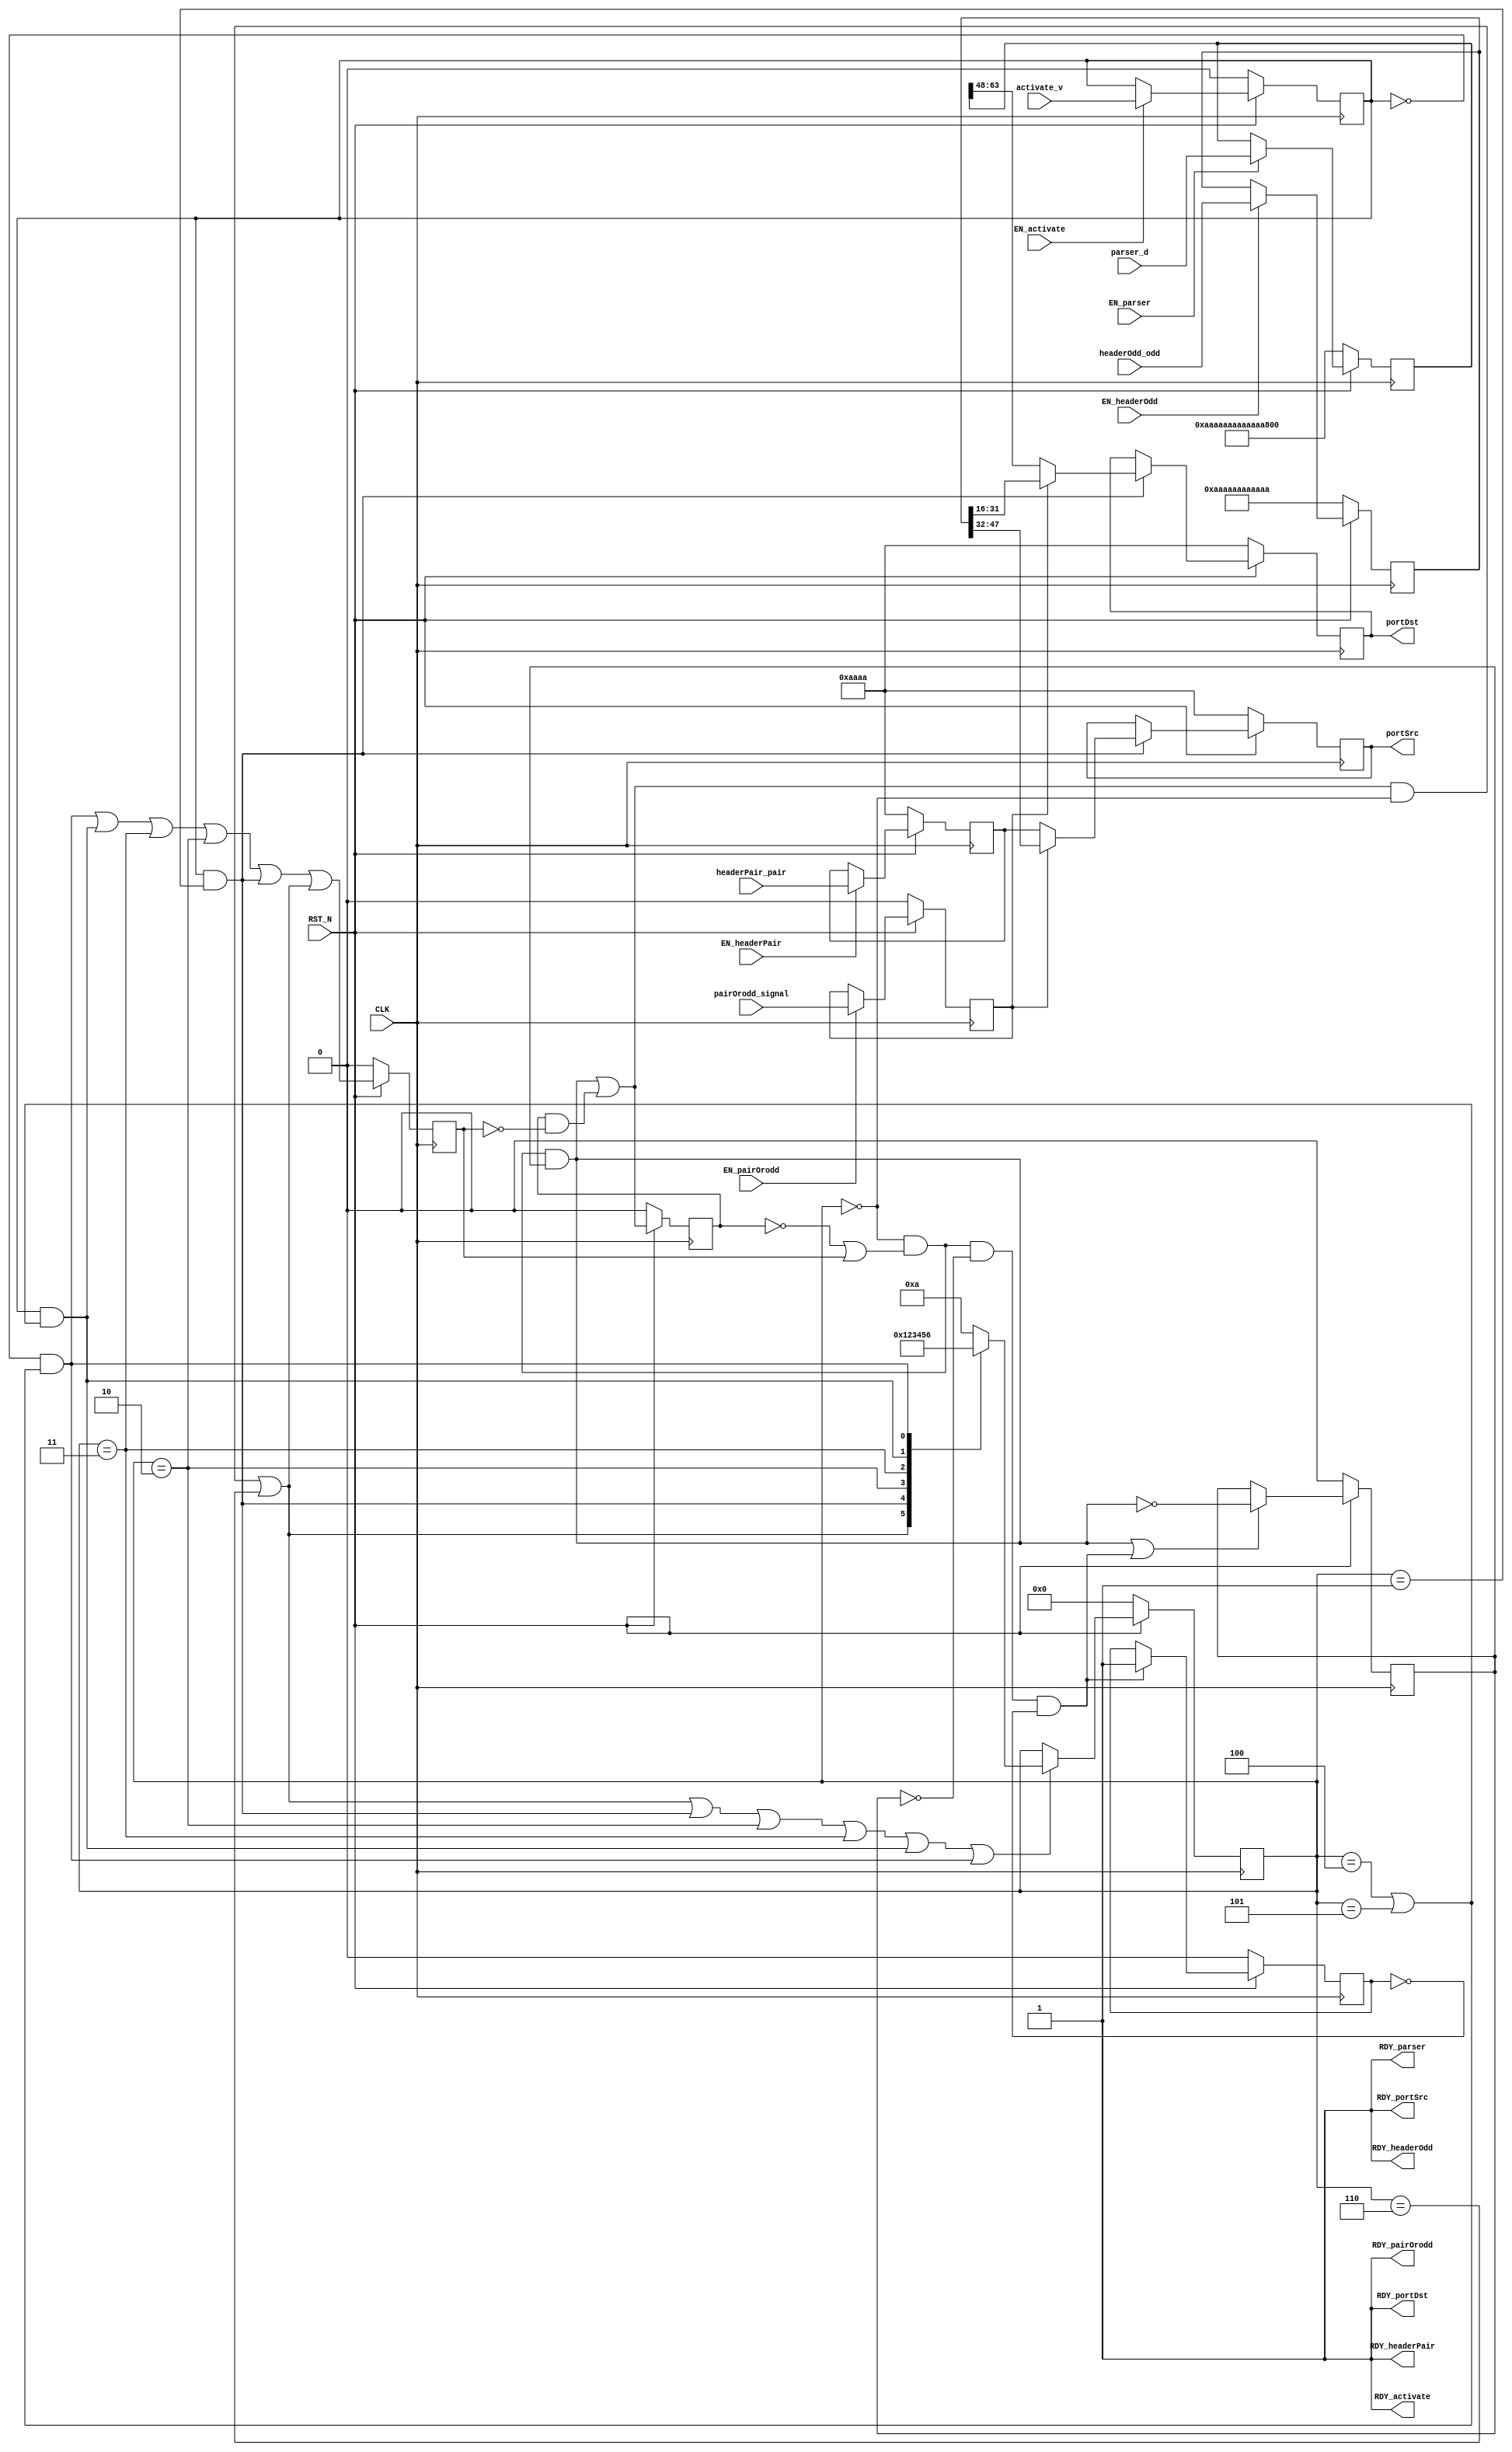
//
// Generated by Bluespec Compiler (build 2c1ed34)
//
// On Wed Jun  9 13:35:20 -03 2021
//
//
// Ports:
// Name                         I/O  size props
// RDY_activate                   O     1 const
// RDY_parser                     O     1 const
// RDY_pairOrodd                  O     1 const
// RDY_headerPair                 O     1 const
// RDY_headerOdd                  O     1 const
// portSrc                        O    16 reg
// RDY_portSrc                    O     1 const
// portDst                        O    16 reg
// RDY_portDst                    O     1 const
// CLK                            I     1 clock
// RST_N                          I     1 reset
// activate_v                     I     1 reg
// parser_d                       I    64 reg
// pairOrodd_signal               I     1 reg
// headerPair_pair                I    16 reg
// headerOdd_odd                  I    48 reg
// EN_activate                    I     1
// EN_parser                      I     1
// EN_pairOrodd                   I     1
// EN_headerPair                  I     1
// EN_headerOdd                   I     1
//
// No combinational paths from inputs to outputs
//
//

`ifdef BSV_ASSIGNMENT_DELAY
`else
  `define BSV_ASSIGNMENT_DELAY
`endif

`ifdef BSV_POSITIVE_RESET
  `define BSV_RESET_VALUE 1'b1
  `define BSV_RESET_EDGE posedge
`else
  `define BSV_RESET_VALUE 1'b0
  `define BSV_RESET_EDGE negedge
`endif

module mkTCP(CLK,
	     RST_N,

	     activate_v,
	     EN_activate,
	     RDY_activate,

	     parser_d,
	     EN_parser,
	     RDY_parser,

	     pairOrodd_signal,
	     EN_pairOrodd,
	     RDY_pairOrodd,

	     headerPair_pair,
	     EN_headerPair,
	     RDY_headerPair,

	     headerOdd_odd,
	     EN_headerOdd,
	     RDY_headerOdd,

	     portSrc,
	     RDY_portSrc,

	     portDst,
	     RDY_portDst);
  input  CLK;
  input  RST_N;

  // action method activate
  input  activate_v;
  input  EN_activate;
  output RDY_activate;

  // action method parser
  input  [63 : 0] parser_d;
  input  EN_parser;
  output RDY_parser;

  // action method pairOrodd
  input  pairOrodd_signal;
  input  EN_pairOrodd;
  output RDY_pairOrodd;

  // action method headerPair
  input  [15 : 0] headerPair_pair;
  input  EN_headerPair;
  output RDY_headerPair;

  // action method headerOdd
  input  [47 : 0] headerOdd_odd;
  input  EN_headerOdd;
  output RDY_headerOdd;

  // value method portSrc
  output [15 : 0] portSrc;
  output RDY_portSrc;

  // value method portDst
  output [15 : 0] portDst;
  output RDY_portDst;

  // signals for module outputs
  wire [15 : 0] portDst, portSrc;
  wire RDY_activate,
       RDY_headerOdd,
       RDY_headerPair,
       RDY_pairOrodd,
       RDY_parser,
       RDY_portDst,
       RDY_portSrc;

  // inlined wires
  wire start_wire$whas, state_set_pw$whas;

  // register ack_num
  reg [31 : 0] ack_num;
  wire [31 : 0] ack_num$D_IN;
  wire ack_num$EN;

  // register active
  reg active;
  wire active$D_IN, active$EN;

  // register checksum
  reg [15 : 0] checksum;
  wire [15 : 0] checksum$D_IN;
  wire checksum$EN;

  // register data
  reg [63 : 0] data;
  wire [63 : 0] data$D_IN;
  wire data$EN;

  // register data_offset
  reg [3 : 0] data_offset;
  wire [3 : 0] data_offset$D_IN;
  wire data_offset$EN;

  // register flag_ack
  reg flag_ack;
  wire flag_ack$D_IN, flag_ack$EN;

  // register flag_cwr
  reg flag_cwr;
  wire flag_cwr$D_IN, flag_cwr$EN;

  // register flag_ece
  reg flag_ece;
  wire flag_ece$D_IN, flag_ece$EN;

  // register flag_fin
  reg flag_fin;
  wire flag_fin$D_IN, flag_fin$EN;

  // register flag_ns
  reg flag_ns;
  wire flag_ns$D_IN, flag_ns$EN;

  // register flag_psh
  reg flag_psh;
  wire flag_psh$D_IN, flag_psh$EN;

  // register flag_rst
  reg flag_rst;
  wire flag_rst$D_IN, flag_rst$EN;

  // register flag_syn
  reg flag_syn;
  wire flag_syn$D_IN, flag_syn$EN;

  // register flag_urg
  reg flag_urg;
  wire flag_urg$D_IN, flag_urg$EN;

  // register odd_header_down
  reg [47 : 0] odd_header_down;
  wire [47 : 0] odd_header_down$D_IN;
  wire odd_header_down$EN;

  // register odd_header_up
  reg [15 : 0] odd_header_up;
  wire [15 : 0] odd_header_up$D_IN;
  wire odd_header_up$EN;

  // register pair_header_down
  reg [15 : 0] pair_header_down;
  wire [15 : 0] pair_header_down$D_IN;
  wire pair_header_down$EN;

  // register pair_header_up
  reg [47 : 0] pair_header_up;
  wire [47 : 0] pair_header_up$D_IN;
  wire pair_header_up$EN;

  // register pair_odd
  reg pair_odd;
  wire pair_odd$D_IN, pair_odd$EN;

  // register port_dst
  reg [15 : 0] port_dst;
  wire [15 : 0] port_dst$D_IN;
  wire port_dst$EN;

  // register port_src
  reg [15 : 0] port_src;
  wire [15 : 0] port_src$D_IN;
  wire port_src$EN;

  // register reserved
  reg [2 : 0] reserved;
  wire [2 : 0] reserved$D_IN;
  wire reserved$EN;

  // register running
  reg running;
  wire running$D_IN, running$EN;

  // register seq_num
  reg [31 : 0] seq_num;
  wire [31 : 0] seq_num$D_IN;
  wire seq_num$EN;

  // register start_reg
  reg start_reg;
  wire start_reg$D_IN, start_reg$EN;

  // register start_reg_1
  reg start_reg_1;
  wire start_reg_1$D_IN, start_reg_1$EN;

  // register state_can_overlap
  reg state_can_overlap;
  wire state_can_overlap$D_IN, state_can_overlap$EN;

  // register state_fired
  reg state_fired;
  wire state_fired$D_IN, state_fired$EN;

  // register state_mkFSMstate
  reg [3 : 0] state_mkFSMstate;
  reg [3 : 0] state_mkFSMstate$D_IN;
  wire state_mkFSMstate$EN;

  // register tcp_length
  reg [15 : 0] tcp_length;
  wire [15 : 0] tcp_length$D_IN;
  wire tcp_length$EN;

  // register temp
  reg [15 : 0] temp;
  wire [15 : 0] temp$D_IN;
  wire temp$EN;

  // register urgent_pointer
  reg [15 : 0] urgent_pointer;
  wire [15 : 0] urgent_pointer$D_IN;
  wire urgent_pointer$EN;

  // register valid_rcv
  reg valid_rcv;
  wire valid_rcv$D_IN, valid_rcv$EN;

  // register window_size
  reg [15 : 0] window_size;
  wire [15 : 0] window_size$D_IN;
  wire window_size$EN;

  // rule scheduling signals
  wire WILL_FIRE_RL_action_l161c41,
       WILL_FIRE_RL_action_l164c33,
       WILL_FIRE_RL_action_l93c25,
       WILL_FIRE_RL_fsm_start;

  // inputs to muxes for submodule ports
  wire [31 : 0] MUX_ack_num$write_1__VAL_2;
  wire MUX_ack_num$write_1__SEL_1,
       MUX_start_reg$write_1__SEL_2,
       MUX_urgent_pointer$write_1__SEL_1,
       MUX_urgent_pointer$write_1__SEL_2;

  // remaining internal signals
  wire [31 : 0] x__h19778;
  wire abort_whas_AND_abort_wget_OR_state_mkFSMstate__ETC___d101,
       start_wire_whas_AND_start_wire_wget_0_AND_abor_ETC___d38;

  // action method activate
  assign RDY_activate = 1'd1 ;

  // action method parser
  assign RDY_parser = 1'd1 ;

  // action method pairOrodd
  assign RDY_pairOrodd = 1'd1 ;

  // action method headerPair
  assign RDY_headerPair = 1'd1 ;

  // action method headerOdd
  assign RDY_headerOdd = 1'd1 ;

  // value method portSrc
  assign portSrc = port_src ;
  assign RDY_portSrc = 1'd1 ;

  // value method portDst
  assign portDst = port_dst ;
  assign RDY_portDst = 1'd1 ;

  // rule RL_action_l93c25
  assign WILL_FIRE_RL_action_l93c25 = active && state_mkFSMstate == 4'd1 ;

  // rule RL_action_l161c41
  assign WILL_FIRE_RL_action_l161c41 =
	     active &&
	     (state_mkFSMstate == 4'd4 || state_mkFSMstate == 4'd5) ;

  // rule RL_action_l164c33
  assign WILL_FIRE_RL_action_l164c33 =
	     !active &&
	     (state_mkFSMstate == 4'd4 || state_mkFSMstate == 4'd5) ;

  // rule RL_fsm_start
  assign WILL_FIRE_RL_fsm_start =
	     abort_whas_AND_abort_wget_OR_state_mkFSMstate__ETC___d101 &&
	     start_reg ;

  // inputs to muxes for submodule ports
  assign MUX_ack_num$write_1__SEL_1 = WILL_FIRE_RL_action_l93c25 && pair_odd ;
  assign MUX_start_reg$write_1__SEL_2 =
	     abort_whas_AND_abort_wget_OR_state_mkFSMstate__ETC___d101 &&
	     !start_reg &&
	     !running ;
  assign MUX_urgent_pointer$write_1__SEL_1 =
	     state_mkFSMstate == 4'd2 && pair_odd ;
  assign MUX_urgent_pointer$write_1__SEL_2 =
	     state_mkFSMstate == 4'd3 && !pair_odd ;
  assign MUX_ack_num$write_1__VAL_2 = { temp, data[63:48] } ;

  // inlined wires
  assign start_wire$whas =
	     WILL_FIRE_RL_fsm_start || start_reg_1 && !state_fired ;
  assign state_set_pw$whas =
	     WILL_FIRE_RL_action_l164c33 || WILL_FIRE_RL_action_l161c41 ||
	     state_mkFSMstate == 4'd3 ||
	     state_mkFSMstate == 4'd2 ||
	     WILL_FIRE_RL_action_l93c25 ||
	     start_wire_whas_AND_start_wire_wget_0_AND_abor_ETC___d38 ;

  // register ack_num
  assign ack_num$D_IN =
	     MUX_ack_num$write_1__SEL_1 ?
	       data[47:16] :
	       MUX_ack_num$write_1__VAL_2 ;
  assign ack_num$EN =
	     WILL_FIRE_RL_action_l93c25 && pair_odd ||
	     state_mkFSMstate == 4'd2 && !pair_odd ;

  // register active
  assign active$D_IN = activate_v ;
  assign active$EN = EN_activate ;

  // register checksum
  assign checksum$D_IN = pair_odd ? data[47:32] : data[15:0] ;
  assign checksum$EN = state_mkFSMstate == 4'd2 ;

  // register data
  assign data$D_IN = parser_d ;
  assign data$EN = EN_parser ;

  // register data_offset
  assign data_offset$D_IN =
	     MUX_ack_num$write_1__SEL_1 ? data[15:12] : data[47:44] ;
  assign data_offset$EN =
	     WILL_FIRE_RL_action_l93c25 && pair_odd ||
	     state_mkFSMstate == 4'd2 && !pair_odd ;

  // register flag_ack
  assign flag_ack$D_IN = MUX_ack_num$write_1__SEL_1 ? data[4] : data[36] ;
  assign flag_ack$EN =
	     WILL_FIRE_RL_action_l93c25 && pair_odd ||
	     state_mkFSMstate == 4'd2 && !pair_odd ;

  // register flag_cwr
  assign flag_cwr$D_IN = MUX_ack_num$write_1__SEL_1 ? data[7] : data[39] ;
  assign flag_cwr$EN =
	     WILL_FIRE_RL_action_l93c25 && pair_odd ||
	     state_mkFSMstate == 4'd2 && !pair_odd ;

  // register flag_ece
  assign flag_ece$D_IN = MUX_ack_num$write_1__SEL_1 ? data[6] : data[38] ;
  assign flag_ece$EN =
	     WILL_FIRE_RL_action_l93c25 && pair_odd ||
	     state_mkFSMstate == 4'd2 && !pair_odd ;

  // register flag_fin
  assign flag_fin$D_IN = MUX_ack_num$write_1__SEL_1 ? data[0] : data[32] ;
  assign flag_fin$EN =
	     WILL_FIRE_RL_action_l93c25 && pair_odd ||
	     state_mkFSMstate == 4'd2 && !pair_odd ;

  // register flag_ns
  assign flag_ns$D_IN = MUX_ack_num$write_1__SEL_1 ? data[8] : data[40] ;
  assign flag_ns$EN =
	     WILL_FIRE_RL_action_l93c25 && pair_odd ||
	     state_mkFSMstate == 4'd2 && !pair_odd ;

  // register flag_psh
  assign flag_psh$D_IN = MUX_ack_num$write_1__SEL_1 ? data[3] : data[35] ;
  assign flag_psh$EN =
	     WILL_FIRE_RL_action_l93c25 && pair_odd ||
	     state_mkFSMstate == 4'd2 && !pair_odd ;

  // register flag_rst
  assign flag_rst$D_IN = MUX_ack_num$write_1__SEL_1 ? data[2] : data[34] ;
  assign flag_rst$EN =
	     WILL_FIRE_RL_action_l93c25 && pair_odd ||
	     state_mkFSMstate == 4'd2 && !pair_odd ;

  // register flag_syn
  assign flag_syn$D_IN = MUX_ack_num$write_1__SEL_1 ? data[1] : data[33] ;
  assign flag_syn$EN =
	     WILL_FIRE_RL_action_l93c25 && pair_odd ||
	     state_mkFSMstate == 4'd2 && !pair_odd ;

  // register flag_urg
  assign flag_urg$D_IN = MUX_ack_num$write_1__SEL_1 ? data[5] : data[37] ;
  assign flag_urg$EN =
	     WILL_FIRE_RL_action_l93c25 && pair_odd ||
	     state_mkFSMstate == 4'd2 && !pair_odd ;

  // register odd_header_down
  assign odd_header_down$D_IN = headerOdd_odd ;
  assign odd_header_down$EN = EN_headerOdd ;

  // register odd_header_up
  assign odd_header_up$D_IN = data[15:0] ;
  assign odd_header_up$EN = MUX_urgent_pointer$write_1__SEL_1 ;

  // register pair_header_down
  assign pair_header_down$D_IN = headerPair_pair ;
  assign pair_header_down$EN = EN_headerPair ;

  // register pair_header_up
  assign pair_header_up$D_IN = data[47:0] ;
  assign pair_header_up$EN = MUX_urgent_pointer$write_1__SEL_2 ;

  // register pair_odd
  assign pair_odd$D_IN = pairOrodd_signal ;
  assign pair_odd$EN = EN_pairOrodd ;

  // register port_dst
  assign port_dst$D_IN = pair_odd ? odd_header_down[31:16] : data[63:48] ;
  assign port_dst$EN = WILL_FIRE_RL_action_l93c25 ;

  // register port_src
  assign port_src$D_IN =
	     pair_odd ? odd_header_down[47:32] : pair_header_down ;
  assign port_src$EN = WILL_FIRE_RL_action_l93c25 ;

  // register reserved
  assign reserved$D_IN =
	     MUX_ack_num$write_1__SEL_1 ? data[11:9] : data[43:41] ;
  assign reserved$EN =
	     WILL_FIRE_RL_action_l93c25 && pair_odd ||
	     state_mkFSMstate == 4'd2 && !pair_odd ;

  // register running
  assign running$D_IN = 1'd1 ;
  assign running$EN = MUX_start_reg$write_1__SEL_2 ;

  // register seq_num
  assign seq_num$D_IN = pair_odd ? x__h19778 : data[47:16] ;
  assign seq_num$EN = WILL_FIRE_RL_action_l93c25 ;

  // register start_reg
  assign start_reg$D_IN = !WILL_FIRE_RL_fsm_start ;
  assign start_reg$EN =
	     WILL_FIRE_RL_fsm_start ||
	     abort_whas_AND_abort_wget_OR_state_mkFSMstate__ETC___d101 &&
	     !start_reg &&
	     !running ;

  // register start_reg_1
  assign start_reg_1$D_IN = start_wire$whas ;
  assign start_reg_1$EN = 1'd1 ;

  // register state_can_overlap
  assign state_can_overlap$D_IN = state_set_pw$whas || state_can_overlap ;
  assign state_can_overlap$EN = 1'd1 ;

  // register state_fired
  assign state_fired$D_IN = state_set_pw$whas ;
  assign state_fired$EN = 1'd1 ;

  // register state_mkFSMstate
  always@(start_wire_whas_AND_start_wire_wget_0_AND_abor_ETC___d38 or
	  WILL_FIRE_RL_action_l93c25 or
	  state_mkFSMstate or
	  WILL_FIRE_RL_action_l161c41 or WILL_FIRE_RL_action_l164c33)
  begin
    case (1'b1) // synopsys parallel_case
      start_wire_whas_AND_start_wire_wget_0_AND_abor_ETC___d38:
	  state_mkFSMstate$D_IN = 4'd1;
      WILL_FIRE_RL_action_l93c25: state_mkFSMstate$D_IN = 4'd2;
      state_mkFSMstate == 4'd2: state_mkFSMstate$D_IN = 4'd3;
      state_mkFSMstate == 4'd3: state_mkFSMstate$D_IN = 4'd4;
      WILL_FIRE_RL_action_l161c41: state_mkFSMstate$D_IN = 4'd5;
      WILL_FIRE_RL_action_l164c33: state_mkFSMstate$D_IN = 4'd6;
      default: state_mkFSMstate$D_IN = 4'b1010 /* unspecified value */ ;
    endcase
  end
  assign state_mkFSMstate$EN =
	     start_wire_whas_AND_start_wire_wget_0_AND_abor_ETC___d38 ||
	     WILL_FIRE_RL_action_l93c25 ||
	     state_mkFSMstate == 4'd2 ||
	     state_mkFSMstate == 4'd3 ||
	     WILL_FIRE_RL_action_l161c41 ||
	     WILL_FIRE_RL_action_l164c33 ;

  // register tcp_length
  assign tcp_length$D_IN = 16'h0 ;
  assign tcp_length$EN = 1'b0 ;

  // register temp
  assign temp$D_IN = data[15:0] ;
  assign temp$EN = WILL_FIRE_RL_action_l93c25 && !pair_odd ;

  // register urgent_pointer
  assign urgent_pointer$D_IN =
	     MUX_urgent_pointer$write_1__SEL_1 ? data[31:16] : data[63:48] ;
  assign urgent_pointer$EN =
	     state_mkFSMstate == 4'd2 && pair_odd ||
	     state_mkFSMstate == 4'd3 && !pair_odd ;

  // register valid_rcv
  assign valid_rcv$D_IN = 1'd0 ;
  assign valid_rcv$EN =
	     start_wire_whas_AND_start_wire_wget_0_AND_abor_ETC___d38 ;

  // register window_size
  assign window_size$D_IN = pair_odd ? data[63:48] : data[31:16] ;
  assign window_size$EN = state_mkFSMstate == 4'd2 ;

  // remaining internal signals
  assign abort_whas_AND_abort_wget_OR_state_mkFSMstate__ETC___d101 =
	     state_mkFSMstate == 4'd0 && (!start_reg_1 || state_fired) ;
  assign start_wire_whas_AND_start_wire_wget_0_AND_abor_ETC___d38 =
	     start_wire$whas && state_mkFSMstate == 4'd0 ||
	     state_mkFSMstate == 4'd6 ;
  assign x__h19778 = { odd_header_down[15:0], data[63:48] } ;

  // handling of inlined registers

  always@(posedge CLK)
  begin
    if (RST_N == `BSV_RESET_VALUE)
      begin
        ack_num <= `BSV_ASSIGNMENT_DELAY 32'hAAAAAAAA;
	active <= `BSV_ASSIGNMENT_DELAY 1'd0;
	checksum <= `BSV_ASSIGNMENT_DELAY 16'hAAAA;
	data <= `BSV_ASSIGNMENT_DELAY 64'hAAAAAAAAAAAAAAAA;
	data_offset <= `BSV_ASSIGNMENT_DELAY 4'hA;
	flag_ack <= `BSV_ASSIGNMENT_DELAY 1'h0;
	flag_cwr <= `BSV_ASSIGNMENT_DELAY 1'h0;
	flag_ece <= `BSV_ASSIGNMENT_DELAY 1'h0;
	flag_fin <= `BSV_ASSIGNMENT_DELAY 1'h0;
	flag_ns <= `BSV_ASSIGNMENT_DELAY 1'h0;
	flag_psh <= `BSV_ASSIGNMENT_DELAY 1'h0;
	flag_rst <= `BSV_ASSIGNMENT_DELAY 1'h0;
	flag_syn <= `BSV_ASSIGNMENT_DELAY 1'h0;
	flag_urg <= `BSV_ASSIGNMENT_DELAY 1'h0;
	odd_header_down <= `BSV_ASSIGNMENT_DELAY 48'hAAAAAAAAAAAA;
	odd_header_up <= `BSV_ASSIGNMENT_DELAY 16'hAAAA;
	pair_header_down <= `BSV_ASSIGNMENT_DELAY 16'hAAAA;
	pair_header_up <= `BSV_ASSIGNMENT_DELAY 48'hAAAAAAAAAAAA;
	pair_odd <= `BSV_ASSIGNMENT_DELAY 1'd0;
	port_dst <= `BSV_ASSIGNMENT_DELAY 16'hAAAA;
	port_src <= `BSV_ASSIGNMENT_DELAY 16'hAAAA;
	reserved <= `BSV_ASSIGNMENT_DELAY 3'h2;
	running <= `BSV_ASSIGNMENT_DELAY 1'd0;
	seq_num <= `BSV_ASSIGNMENT_DELAY 32'hAAAAAAAA;
	start_reg <= `BSV_ASSIGNMENT_DELAY 1'd0;
	start_reg_1 <= `BSV_ASSIGNMENT_DELAY 1'd0;
	state_can_overlap <= `BSV_ASSIGNMENT_DELAY 1'd1;
	state_fired <= `BSV_ASSIGNMENT_DELAY 1'd0;
	state_mkFSMstate <= `BSV_ASSIGNMENT_DELAY 4'd0;
	tcp_length <= `BSV_ASSIGNMENT_DELAY 16'h0;
	temp <= `BSV_ASSIGNMENT_DELAY 16'h0;
	urgent_pointer <= `BSV_ASSIGNMENT_DELAY 16'hAAAA;
	valid_rcv <= `BSV_ASSIGNMENT_DELAY 1'd0;
	window_size <= `BSV_ASSIGNMENT_DELAY 16'hAAAA;
      end
    else
      begin
        if (ack_num$EN) ack_num <= `BSV_ASSIGNMENT_DELAY ack_num$D_IN;
	if (active$EN) active <= `BSV_ASSIGNMENT_DELAY active$D_IN;
	if (checksum$EN) checksum <= `BSV_ASSIGNMENT_DELAY checksum$D_IN;
	if (data$EN) data <= `BSV_ASSIGNMENT_DELAY data$D_IN;
	if (data_offset$EN)
	  data_offset <= `BSV_ASSIGNMENT_DELAY data_offset$D_IN;
	if (flag_ack$EN) flag_ack <= `BSV_ASSIGNMENT_DELAY flag_ack$D_IN;
	if (flag_cwr$EN) flag_cwr <= `BSV_ASSIGNMENT_DELAY flag_cwr$D_IN;
	if (flag_ece$EN) flag_ece <= `BSV_ASSIGNMENT_DELAY flag_ece$D_IN;
	if (flag_fin$EN) flag_fin <= `BSV_ASSIGNMENT_DELAY flag_fin$D_IN;
	if (flag_ns$EN) flag_ns <= `BSV_ASSIGNMENT_DELAY flag_ns$D_IN;
	if (flag_psh$EN) flag_psh <= `BSV_ASSIGNMENT_DELAY flag_psh$D_IN;
	if (flag_rst$EN) flag_rst <= `BSV_ASSIGNMENT_DELAY flag_rst$D_IN;
	if (flag_syn$EN) flag_syn <= `BSV_ASSIGNMENT_DELAY flag_syn$D_IN;
	if (flag_urg$EN) flag_urg <= `BSV_ASSIGNMENT_DELAY flag_urg$D_IN;
	if (odd_header_down$EN)
	  odd_header_down <= `BSV_ASSIGNMENT_DELAY odd_header_down$D_IN;
	if (odd_header_up$EN)
	  odd_header_up <= `BSV_ASSIGNMENT_DELAY odd_header_up$D_IN;
	if (pair_header_down$EN)
	  pair_header_down <= `BSV_ASSIGNMENT_DELAY pair_header_down$D_IN;
	if (pair_header_up$EN)
	  pair_header_up <= `BSV_ASSIGNMENT_DELAY pair_header_up$D_IN;
	if (pair_odd$EN) pair_odd <= `BSV_ASSIGNMENT_DELAY pair_odd$D_IN;
	if (port_dst$EN) port_dst <= `BSV_ASSIGNMENT_DELAY port_dst$D_IN;
	if (port_src$EN) port_src <= `BSV_ASSIGNMENT_DELAY port_src$D_IN;
	if (reserved$EN) reserved <= `BSV_ASSIGNMENT_DELAY reserved$D_IN;
	if (running$EN) running <= `BSV_ASSIGNMENT_DELAY running$D_IN;
	if (seq_num$EN) seq_num <= `BSV_ASSIGNMENT_DELAY seq_num$D_IN;
	if (start_reg$EN) start_reg <= `BSV_ASSIGNMENT_DELAY start_reg$D_IN;
	if (start_reg_1$EN)
	  start_reg_1 <= `BSV_ASSIGNMENT_DELAY start_reg_1$D_IN;
	if (state_can_overlap$EN)
	  state_can_overlap <= `BSV_ASSIGNMENT_DELAY state_can_overlap$D_IN;
	if (state_fired$EN)
	  state_fired <= `BSV_ASSIGNMENT_DELAY state_fired$D_IN;
	if (state_mkFSMstate$EN)
	  state_mkFSMstate <= `BSV_ASSIGNMENT_DELAY state_mkFSMstate$D_IN;
	if (tcp_length$EN)
	  tcp_length <= `BSV_ASSIGNMENT_DELAY tcp_length$D_IN;
	if (temp$EN) temp <= `BSV_ASSIGNMENT_DELAY temp$D_IN;
	if (urgent_pointer$EN)
	  urgent_pointer <= `BSV_ASSIGNMENT_DELAY urgent_pointer$D_IN;
	if (valid_rcv$EN) valid_rcv <= `BSV_ASSIGNMENT_DELAY valid_rcv$D_IN;
	if (window_size$EN)
	  window_size <= `BSV_ASSIGNMENT_DELAY window_size$D_IN;
      end
  end

  // synopsys translate_off
  `ifdef BSV_NO_INITIAL_BLOCKS
  `else // not BSV_NO_INITIAL_BLOCKS
  initial
  begin
    ack_num = 32'hAAAAAAAA;
    active = 1'h0;
    checksum = 16'hAAAA;
    data = 64'hAAAAAAAAAAAAAAAA;
    data_offset = 4'hA;
    flag_ack = 1'h0;
    flag_cwr = 1'h0;
    flag_ece = 1'h0;
    flag_fin = 1'h0;
    flag_ns = 1'h0;
    flag_psh = 1'h0;
    flag_rst = 1'h0;
    flag_syn = 1'h0;
    flag_urg = 1'h0;
    odd_header_down = 48'hAAAAAAAAAAAA;
    odd_header_up = 16'hAAAA;
    pair_header_down = 16'hAAAA;
    pair_header_up = 48'hAAAAAAAAAAAA;
    pair_odd = 1'h0;
    port_dst = 16'hAAAA;
    port_src = 16'hAAAA;
    reserved = 3'h2;
    running = 1'h0;
    seq_num = 32'hAAAAAAAA;
    start_reg = 1'h0;
    start_reg_1 = 1'h0;
    state_can_overlap = 1'h0;
    state_fired = 1'h0;
    state_mkFSMstate = 4'hA;
    tcp_length = 16'hAAAA;
    temp = 16'hAAAA;
    urgent_pointer = 16'hAAAA;
    valid_rcv = 1'h0;
    window_size = 16'hAAAA;
  end
  `endif // BSV_NO_INITIAL_BLOCKS
  // synopsys translate_on

  // handling of system tasks

  // synopsys translate_off
  always@(negedge CLK)
  begin
    #0;
    if (RST_N != `BSV_RESET_VALUE)
      if (WILL_FIRE_RL_action_l93c25 &&
	  (state_mkFSMstate == 4'd2 || state_mkFSMstate == 4'd3 ||
	   WILL_FIRE_RL_action_l161c41 ||
	   WILL_FIRE_RL_action_l164c33))
	$display("Error: \"TCP.bsv\", line 93, column 25: (R0001)\n  Mutually exclusive rules (from the ME sets [RL_action_l93c25] and\n  [RL_action_l122c25, RL_action_l151c25, RL_action_l161c41, RL_action_l164c33]\n  ) fired in the same clock cycle.\n");
    if (RST_N != `BSV_RESET_VALUE)
      if (state_mkFSMstate == 4'd2 &&
	  (state_mkFSMstate == 4'd3 || WILL_FIRE_RL_action_l161c41 ||
	   WILL_FIRE_RL_action_l164c33))
	$display("Error: \"TCP.bsv\", line 122, column 25: (R0001)\n  Mutually exclusive rules (from the ME sets [RL_action_l122c25] and\n  [RL_action_l151c25, RL_action_l161c41, RL_action_l164c33] ) fired in the\n  same clock cycle.\n");
    if (RST_N != `BSV_RESET_VALUE)
      if (state_mkFSMstate == 4'd3 &&
	  (WILL_FIRE_RL_action_l161c41 || WILL_FIRE_RL_action_l164c33))
	$display("Error: \"TCP.bsv\", line 151, column 25: (R0001)\n  Mutually exclusive rules (from the ME sets [RL_action_l151c25] and\n  [RL_action_l161c41, RL_action_l164c33] ) fired in the same clock cycle.\n");
    if (RST_N != `BSV_RESET_VALUE)
      if (WILL_FIRE_RL_action_l161c41 && WILL_FIRE_RL_action_l164c33)
	$display("Error: \"TCP.bsv\", line 161, column 41: (R0001)\n  Mutually exclusive rules (from the ME sets [RL_action_l161c41] and\n  [RL_action_l164c33] ) fired in the same clock cycle.\n");
    if (RST_N != `BSV_RESET_VALUE)
      if (start_wire_whas_AND_start_wire_wget_0_AND_abor_ETC___d38 &&
	  (WILL_FIRE_RL_action_l93c25 || state_mkFSMstate == 4'd2 ||
	   state_mkFSMstate == 4'd3 ||
	   WILL_FIRE_RL_action_l161c41 ||
	   WILL_FIRE_RL_action_l164c33))
	$display("Error: \"TCP.bsv\", line 90, column 35: (R0001)\n  Mutually exclusive rules (from the ME sets [RL_action_l90c35] and\n  [RL_action_l93c25, RL_action_l122c25, RL_action_l151c25, RL_action_l161c41,\n  RL_action_l164c33] ) fired in the same clock cycle.\n");
    if (RST_N != `BSV_RESET_VALUE)
      if (running &&
	  abort_whas_AND_abort_wget_OR_state_mkFSMstate__ETC___d101 &&
	  !start_reg)
	$finish(32'd0);
  end
  // synopsys translate_on
endmodule  // mkTCP